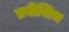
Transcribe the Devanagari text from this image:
प्रबीसिच